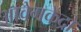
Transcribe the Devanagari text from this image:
आवेगकेंद्रों